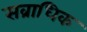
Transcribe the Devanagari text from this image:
सव्राधिक